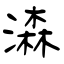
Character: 潹